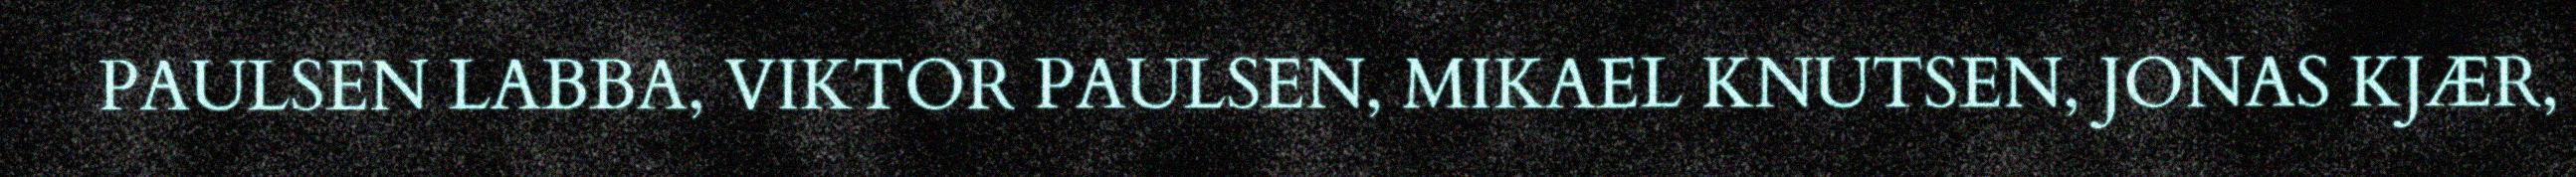
PAULSEN LABBA, VIKTOR PAULSEN, MIKAEL KNUTSEN, JONAS KJÆR,